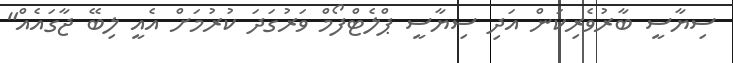
ސިޔާސީ ބާރުވެރިކަން އަދި ސިޔާސީ ޕްލެޓްފޯމް ވަރުގަދަ ކުރުމަށް އެއީ ލިބޭ ޖާގައެއް"